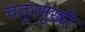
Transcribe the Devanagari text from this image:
चतुरमुखी